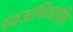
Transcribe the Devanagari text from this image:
स्वअभिव्यक्ति